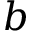
b